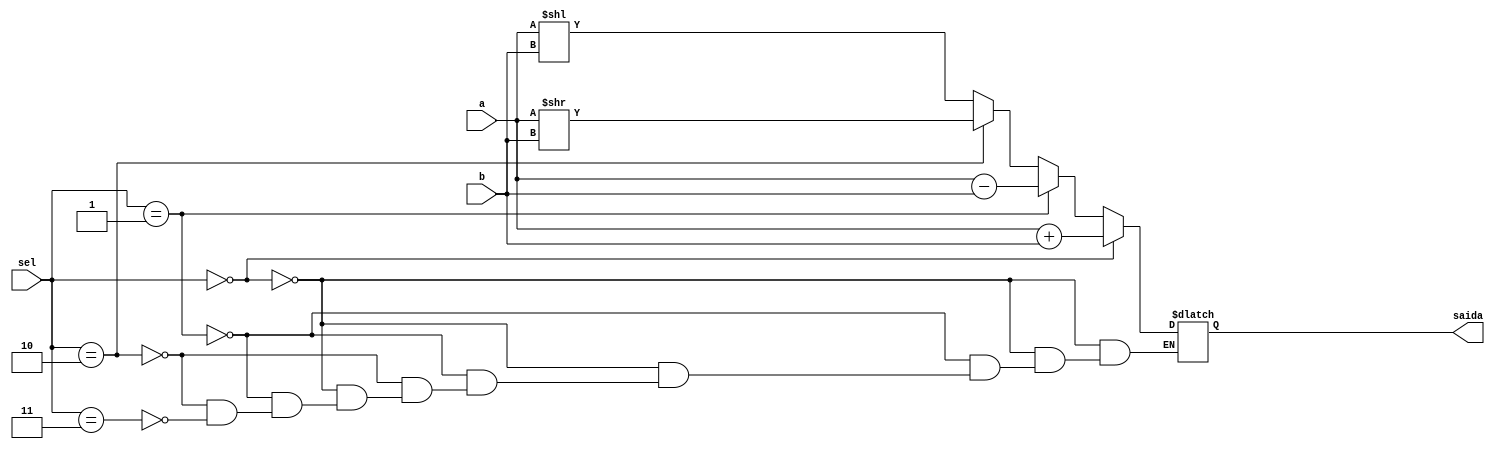
module ULA_Desafio (input [3:0]a, b, input [1:0]sel, output reg [3:0] saida);

		  always@(*)
		  begin
			 if(sel == 2'b00)
				saida = a + b;
				
			 else if(sel == 2'b01)
				saida = a - b;
				
			 else if(sel == 2'b10)
				saida = a >> b;
				
			 else if(sel == 2'b11)
			   saida = a << b;
			end
endmodule